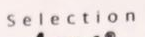
Selection